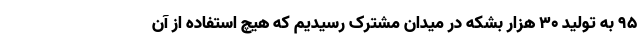
۹۵ به تولید ۳۰ هزار بشکه در میدان مشترک رسیدیم که هیچ استفاده از آن